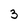
Character: 3